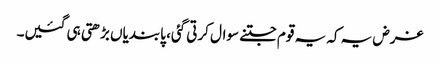
غرض یہ کہ یہ قوم جتنے سوال کرتی گئی، پابندیاں بڑھتی ہی گئیں۔